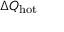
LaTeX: \Delta Q _ { \mathrm { h o t } }